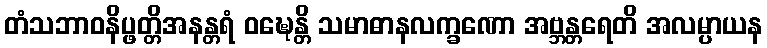
တံသဘာဝနိပ္ဖတ္တိအနန္တရံ ဝဍ္ဎေန္တိ သမာဓာနလက္ခဏော အဗ္ဘန္တရေတိ အလမ္ပာယန